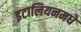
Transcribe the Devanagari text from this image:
इटालियनमधे